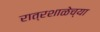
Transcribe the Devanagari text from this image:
रात्रशाळेच्या